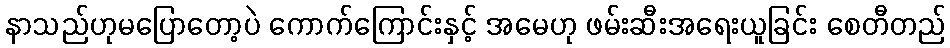
နာသည်ဟုမပြောတော့ပဲ ကောက်ကြောင်းနှင့် အမေဟု ဖမ်းဆီးအရေးယူခြင်း စေတီတည်